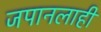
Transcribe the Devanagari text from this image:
जपानलाही